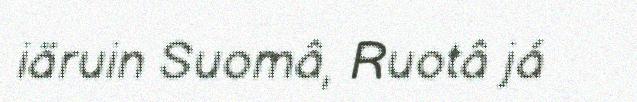
iäruin Suomâ, Ruotâ já